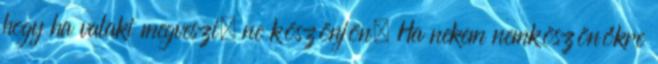
hogy ha valaki megveszi, ne köszönjön. Ha nekem nemköszönőkre